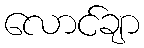
လောင်ချာ